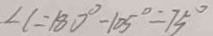
\angle C = 1 8 0 ^ { \circ } - 1 0 5 ^ { \circ } = 7 5 ^ { \circ }